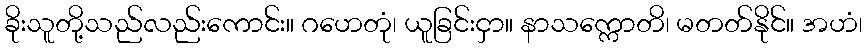
ခိုးသူတို့သည်လည်းကောင်း။ ဂဟေတုံ၊ ယူခြင်းငှာ။ နာသက္ကောတိ၊ မတတ်နိုင်။ အဟံ၊